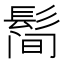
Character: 𱆀